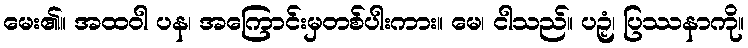
မေး၏။ အထဝါ ပန၊ အကြောင်းမှတစ်ပါးကား။ မေ၊ ငါသည်။ ပဉှံ၊ ပြဿနာကို။